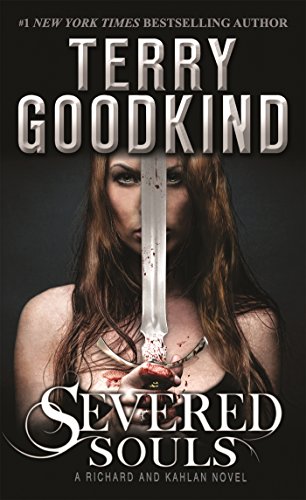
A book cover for Severed Souls: A Richard and Kahlan Novel; Terry Goodkind; Mystery, Thriller & Suspense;